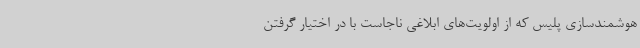
هوشمندسازی پلیس که از اولویت‌های ابلاغی ناجاست با در اختیار گرفتن